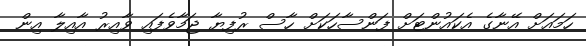
ހަމައަށް އޭނާގެ އެކައުންޓަށް ފަންސާހަކަށް ހާސް ރުފިޔާ ޖަމާވެފައި ވާއިރު އާއިލާ އިން